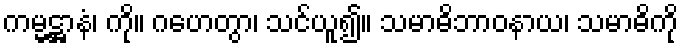
ကမ္မဋ္ဌာနံ၊ ကို။ ဂဟေတွာ၊ သင်ယူ၍။ သမာဓိဘာဝနာယ၊ သမာဓိကို